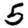
Digit: 5